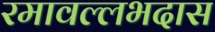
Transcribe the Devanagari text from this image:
रमावल्लभदास